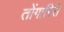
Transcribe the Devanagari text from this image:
तोंगारिरो